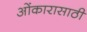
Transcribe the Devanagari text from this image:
ओंकारासाठी